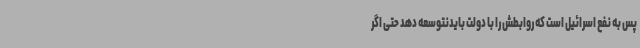
پس به نفع اسرائیل است که روابطش را با دولت بایدنتوسعه دهد حتی اگر